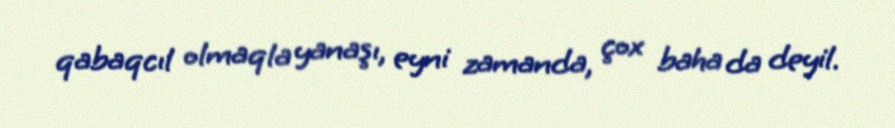
qabaqcıl olmaqla yanaşı, eyni zamanda, çox baha da deyil.